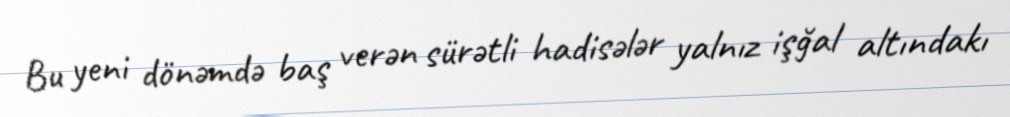
Bu yeni dönəmdə baş verən sürətli hadisələr yalnız işğal altındakı